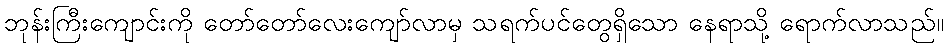
ဘုန်းကြီးကျောင်းကို တော်တော်လေးကျော်လာမှ သရက်ပင်တွေရှိသော နေရာသို့ ရောက်လာသည်။